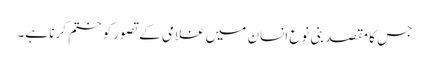
جس کا مقصد بنی نوع انسان میں غلامی کے تصور کو ختم کرنا ہے۔